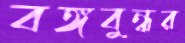
বঙ্গবুন্ধর